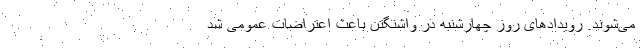
می‌شوند. رویداد‌های روز چهارشنبه در واشنگتن باعث اعتراضات عمومی شد